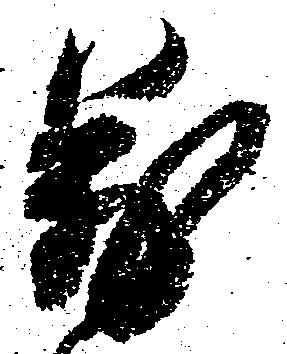
万